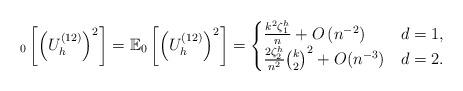
LaTeX: \begin{align*} _0 \left[ \left(U^{(12)}_h\right)^2\right] = \mathbb{E}_0 \left[ \left(U^{(12)}_h\right)^2\right]= \begin{cases} \frac{k^2 \zeta_1^h}{n}+ O\left(n^{-2}\right) & d = 1,\\ \frac{2\zeta_2^h}{n^2} {k \choose 2}^2 + O(n^{-3}) & d = 2. \end{cases}\end{align*}